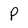
Character: P